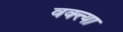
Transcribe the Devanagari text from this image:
वक्त्त्या